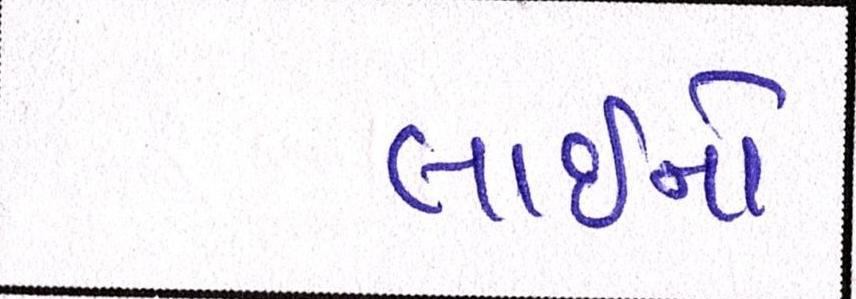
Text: લાઇનો